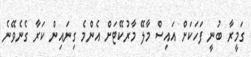
ގަމީރާ ބުނީ ފަހަކަށް އައިސް މާލޭ މާރުކޭޓަށް އެންމެ ގިނައިން ކަރާ ގެނެވޭނެ